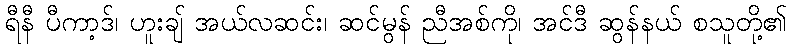
ရီနီ ပီကာ့ဒ်၊ ဟူးချ် အယ်လဆင်း၊ ဆင်မွန် ညီအစ်ကို၊ အင်ဒီ ဆွန်နယ် စသူတို့၏